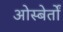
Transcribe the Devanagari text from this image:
ओस्बेर्तों